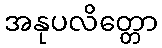
အနုပလိတ္တော